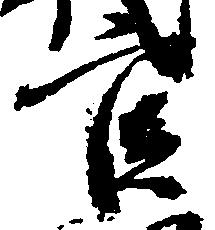
官